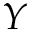
Y